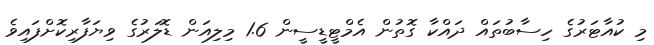
މި ކުއާޓަރުގެ ހިސާބުތައް ދައްކާ ގޮތުން އެމްޓީޑީސީން 1.6 މިލިއަން ޑޮލަރުގެ ވިޔަފާރިކޮށްފައިވެ